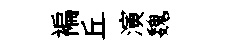
褊丘演魏